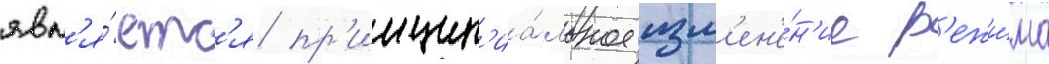
явл'я́етс'я пр'инцип'иа́льное изм'ен'е́н'ие р'ежи́ма